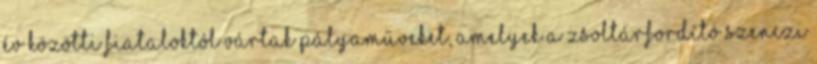
év közötti fiataloktól vártak pályaműveket, amelyek a zsoltárfordító Szenczi